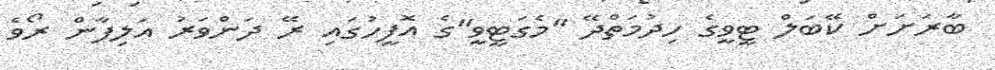
ބާރަށަށް ކޭބަލް ޓީވީގެ ހިދުމަތްދޭ "މެގަޓީވީ"ގެ އޮފީހުގައި ރޭ ދަންވަރު އަލިފާން ރޯވެ